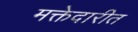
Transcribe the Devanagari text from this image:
मक्तेदारीत